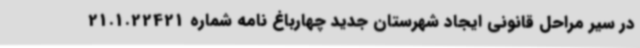
در سیر مراحل قانونی ایجاد شهرستان جدید چهارباغ نامه شماره 21.1.22421